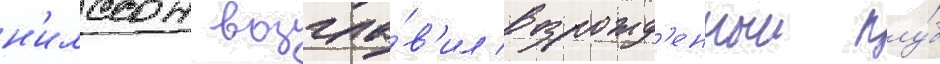
н'илссон возгла́в'ил возрожд'енныи клу́б